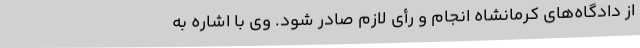
از دادگاه‌های کرمانشاه انجام و رأی لازم صادر شود. وی با اشاره به